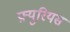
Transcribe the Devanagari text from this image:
फ़्युरियस